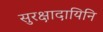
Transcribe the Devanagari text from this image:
सुरक्षादायिनि